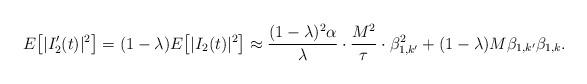
LaTeX: \begin{align*}E\big[|I^{\prime}_2(t)|^2\big] = (1-\lambda)E\big[|I_2(t)|^2\big] \approx \frac{(1-\lambda)^2\alpha}{\lambda} \cdot \frac{M^2}{\tau} \cdot \beta_{1,k'}^2 + (1-\lambda) M \beta_{1,k'}\beta_{1,k}.\end{align*}